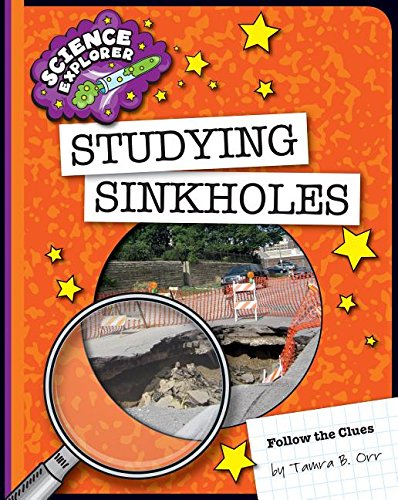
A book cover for Studying Sinkholes (Explorer Library: Science Explorer); Tamra B. Orr; Children's Books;